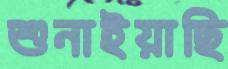
শুনাইয়াছি